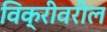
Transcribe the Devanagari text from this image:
विक्रीवरील